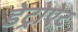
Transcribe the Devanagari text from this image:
डेट्रोऐट